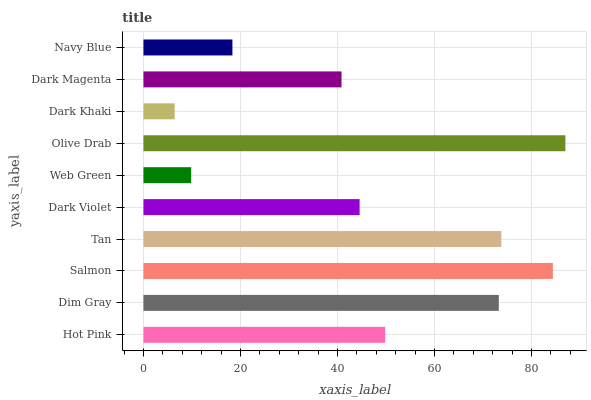
| yaxis_label | bars |
 | --- | --- |
 | Hot Pink | 49.8 |
 | Dim Gray | 73.3 |
 | Salmon | 84.4 |
 | Tan | 73.8 |
 | Dark Violet | 44.6 |
 | Web Green | 9.84 |
 | Olive Drab | 87 |
 | Dark Khaki | 6.44 |
 | Dark Magenta | 40.8 |
 | Navy Blue | 18.3 |